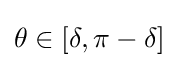
\theta \in [\delta ,\pi -\delta ]